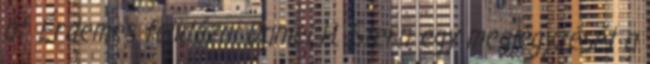
át. Érdemes felidézni Daniel H. Stern egy megjegyzését a